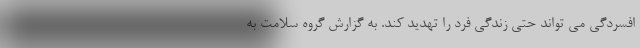
افسردگی می تواند حتی زندگی فرد را تهدید کند. به گزارش گروه سلامت به